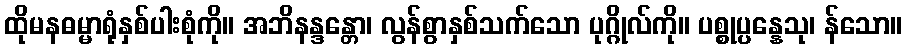
ထိုမနဓမ္မာရုံနှစ်ပါးစုံကို။ အဘိနန္ဒန္တော၊ လွန်စွာနှစ်သက်သော ပုဂ္ဂိုလ်ကို။ ပစ္စုပ္ပန္နေသု၊ န်သော။